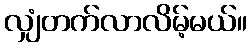
လျှံတက်လာလိမ့်မယ်။